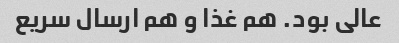
عالی بود. هم غذا و هم ارسال سریع